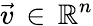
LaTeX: \vec{v}\, \in\, \mathbb{R}^{n}